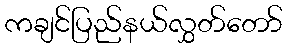
ကချင်ပြည်နယ်လွှတ်တော်